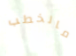
مالخطب